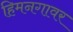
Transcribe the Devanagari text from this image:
हिमनगावर